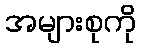
အများစုကို